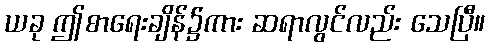
ယခု ဤစာရေးချိန်၌ကား ဆရာလွင်လည်း သေပြီ။